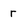
Character: r